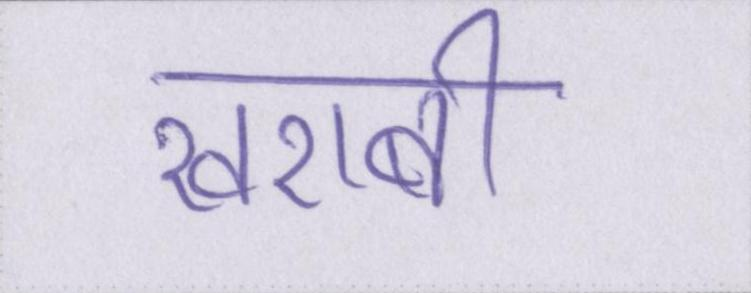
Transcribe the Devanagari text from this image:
खराबी